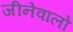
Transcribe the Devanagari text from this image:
जीनेवालों